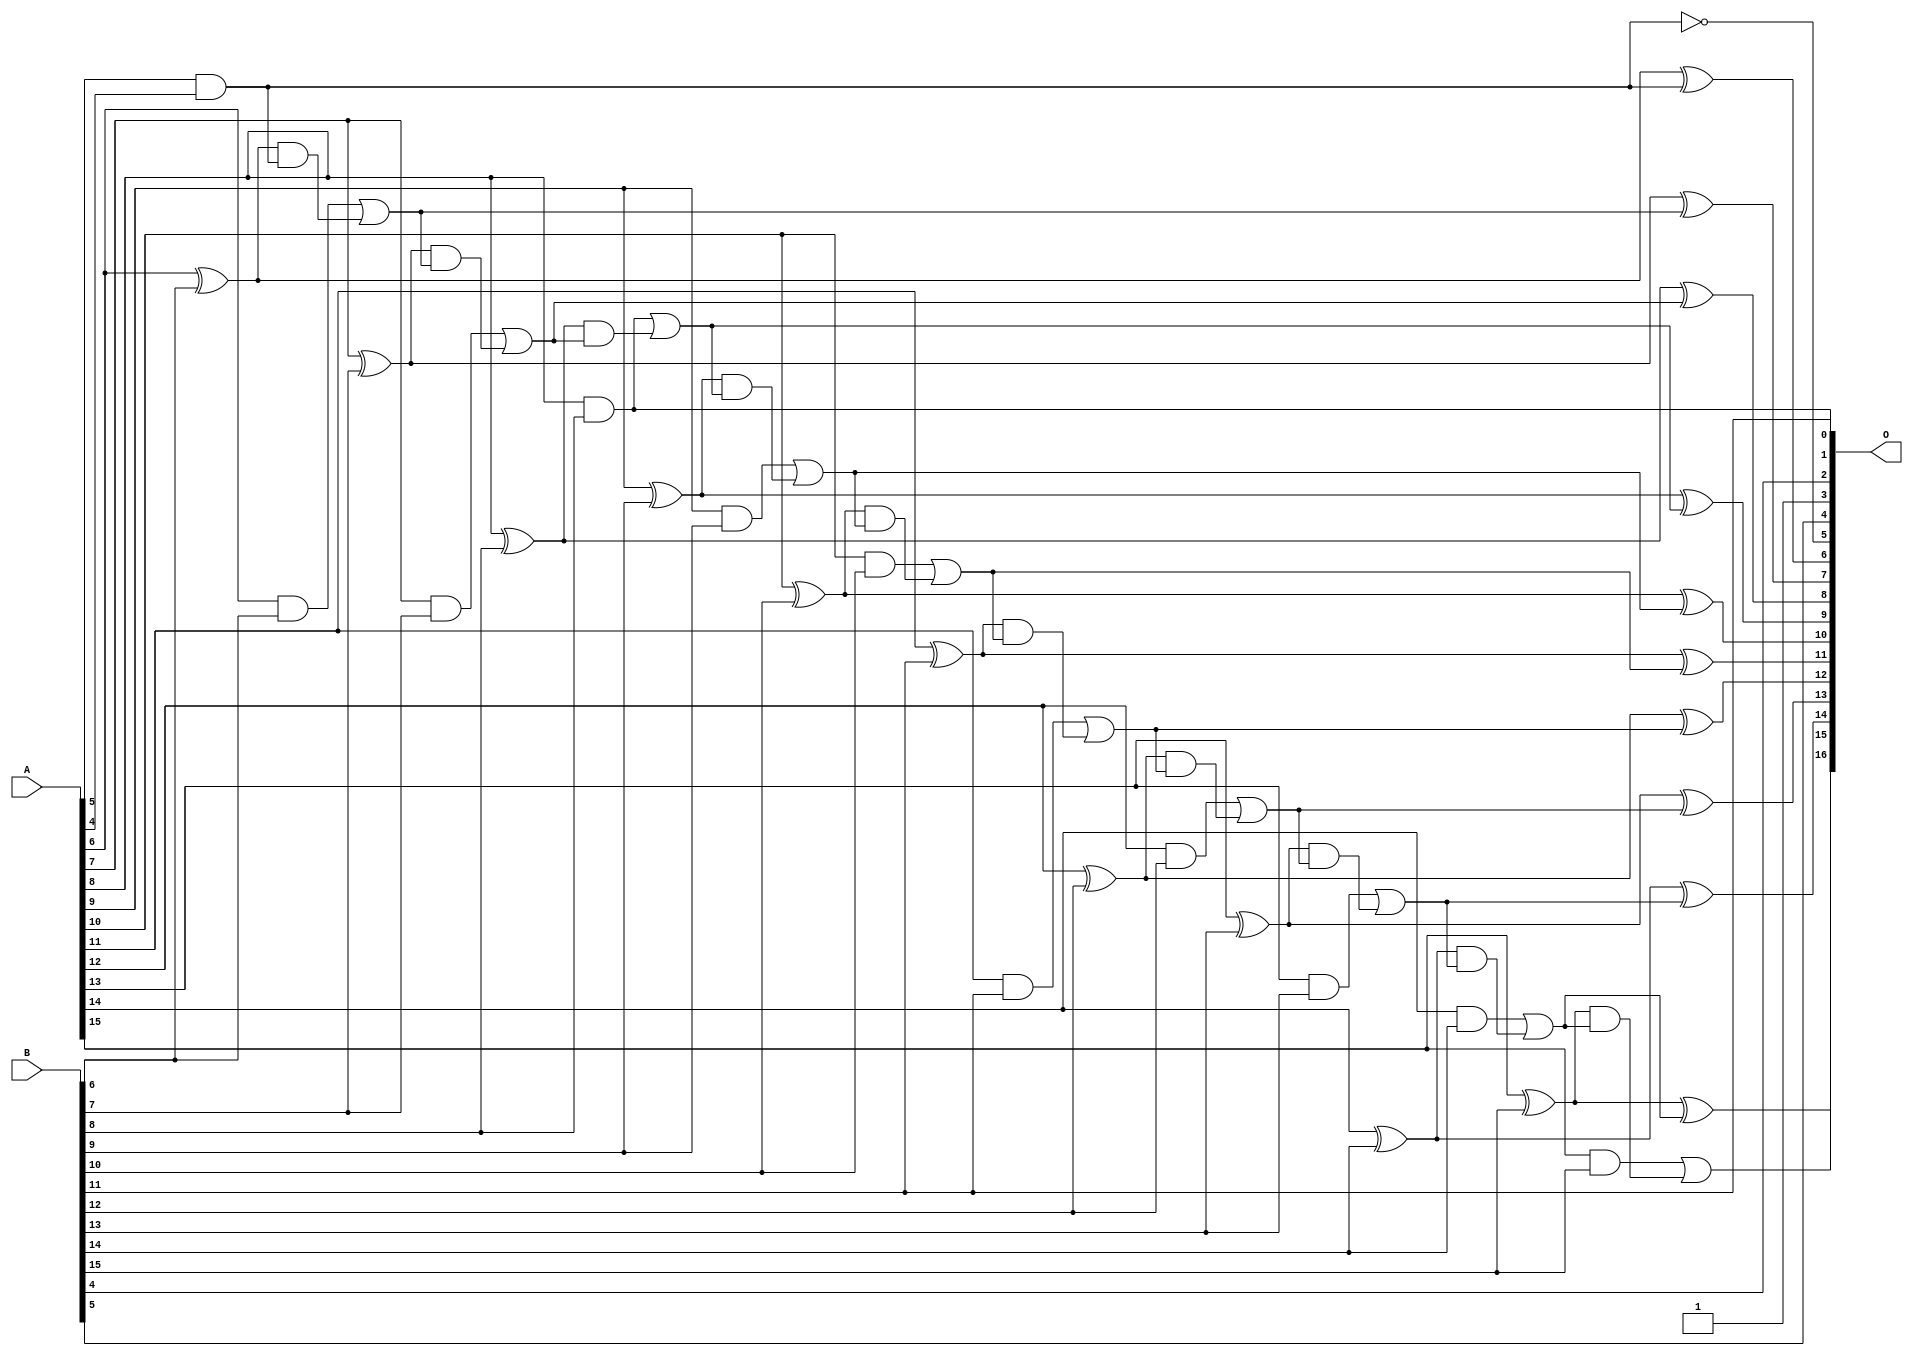
/***
* This code is a part of EvoApproxLib library (ehw.fit.vutbr.cz/approxlib) distributed under The MIT License.
* When used, please cite the following article(s): PRABAKARAN B. S., MRAZEK V., VASICEK Z., SEKANINA L., SHAFIQUE M. ApproxFPGAs: Embracing ASIC-based Approximate Arithmetic Components for FPGA-Based Systems. DAC 2020. 
***/
// MAE% = 0.01 %
// MAE = 14 
// WCE% = 0.038 %
// WCE = 50 
// WCRE% = 3900.00 %
// EP% = 97.75 %
// MRE% = 0.029 %
// MSE = 288 
// FPGA_POWER = 0.41
// FPGA_DELAY = 9.0
// FPGA_LUT = 11


module add16u_0GF(A, B, O);
  input [15:0] A, B;
  output [16:0] O;
  wire sig_55, sig_56, sig_58, sig_59, sig_60, sig_61;
  wire sig_63, sig_64, sig_65, sig_66, sig_68, sig_69;
  wire sig_71, sig_73, sig_74, sig_75, sig_76, sig_78;
  wire sig_79, sig_80, sig_81, sig_83, sig_84, sig_85;
  wire sig_86, sig_88, sig_89, sig_90, sig_91, sig_93;
  wire sig_94, sig_95, sig_96, sig_98, sig_99, sig_100;
  wire sig_101, sig_103, sig_104, sig_105, sig_106;
  assign O[3] = 1'b1;
  assign O[2] = B[4];
  assign sig_55 = 1'b0;
  assign sig_56 = A[5] & A[4];
  assign O[5] = !(A[5] & A[4]);
  assign sig_58 = sig_55 | sig_56;
  assign sig_59 = A[6] ^ B[6];
  assign sig_60 = A[6] & B[6];
  assign sig_61 = sig_59 & sig_58;
  assign O[6] = sig_59 ^ sig_58;
  assign sig_63 = sig_60 | sig_61;
  assign sig_64 = A[7] ^ B[7];
  assign sig_65 = A[7] & B[7];
  assign sig_66 = sig_64 & sig_63;
  assign O[7] = sig_64 ^ sig_63;
  assign sig_68 = sig_65 | sig_66;
  assign sig_69 = A[8] ^ B[8];
  assign O[1] = A[8] & B[8];
  assign sig_71 = sig_69 & sig_68;
  assign O[8] = sig_69 ^ sig_68;
  assign sig_73 = O[1] | sig_71;
  assign sig_74 = A[9] ^ B[9];
  assign sig_75 = A[9] & B[9];
  assign sig_76 = sig_74 & sig_73;
  assign O[9] = sig_74 ^ sig_73;
  assign sig_78 = sig_75 | sig_76;
  assign sig_79 = A[10] ^ B[10];
  assign sig_80 = A[10] & B[10];
  assign sig_81 = sig_79 & sig_78;
  assign O[10] = sig_79 ^ sig_78;
  assign sig_83 = sig_80 | sig_81;
  assign sig_84 = A[11] ^ B[11];
  assign sig_85 = A[11] & B[11];
  assign sig_86 = sig_84 & sig_83;
  assign O[11] = sig_84 ^ sig_83;
  assign sig_88 = sig_85 | sig_86;
  assign sig_89 = A[12] ^ B[12];
  assign sig_90 = A[12] & B[12];
  assign sig_91 = sig_89 & sig_88;
  assign O[12] = sig_89 ^ sig_88;
  assign sig_93 = sig_90 | sig_91;
  assign sig_94 = A[13] ^ B[13];
  assign sig_95 = A[13] & B[13];
  assign sig_96 = sig_94 & sig_93;
  assign O[13] = sig_94 ^ sig_93;
  assign sig_98 = sig_95 | sig_96;
  assign sig_99 = A[14] ^ B[14];
  assign sig_100 = A[14] & B[14];
  assign sig_101 = sig_99 & sig_98;
  assign O[14] = sig_99 ^ sig_98;
  assign sig_103 = sig_100 | sig_101;
  assign sig_104 = A[15] ^ B[15];
  assign sig_105 = A[15] & B[15];
  assign sig_106 = sig_104 & sig_103;
  assign O[15] = sig_104 ^ sig_103;
  assign O[16] = sig_105 | sig_106;
  assign O[0] = B[11];
  assign O[4] = B[5];
endmodule